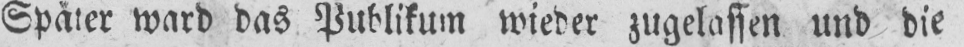
Später ward das Publikum wieder zugelassen und die